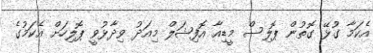
އެކަމާ ގުޅޭ ގޮތުން ޕޮލިސް މީޑިއާ އޮފިޝަލް މިއަދު ވިދާޅުވީ ޕޮލިހަށް އެކަމުގެ